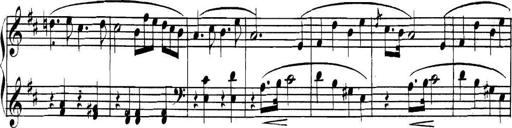
Title: Collected Piano Sonatas
Composer: Muzio Clementi